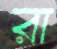
রা